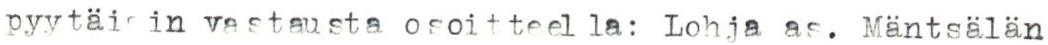
pyytäi in vastausta osoitteella: Lohja as. Mäntsälän